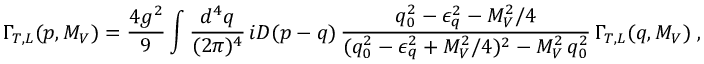
\Gamma _ { T , L } ( p , M _ { V } ) = \frac { 4 g ^ { 2 } } 9 \int \frac { d ^ { 4 } q } { ( 2 \pi ) ^ { 4 } } \, i { \cal D } ( p - q ) \, \frac { q _ { 0 } ^ { 2 } - \epsilon _ { q } ^ { 2 } - M _ { V } ^ { 2 } / 4 } { ( q _ { 0 } ^ { 2 } - \epsilon _ { q } ^ { 2 } + M _ { V } ^ { 2 } / 4 ) ^ { 2 } - M _ { V } ^ { 2 } \, q _ { 0 } ^ { 2 } } \, \Gamma _ { T , L } ( q , M _ { V } ) \; ,